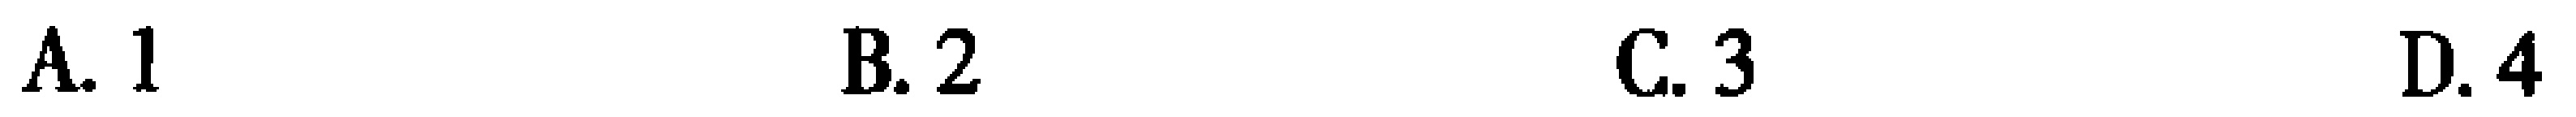
A. 1 \quad B. 2 \quad C. 3 \quad D. 4